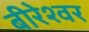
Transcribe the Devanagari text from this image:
बीरेश्वर